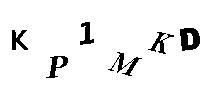
KP1MKD